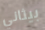
بيثاني